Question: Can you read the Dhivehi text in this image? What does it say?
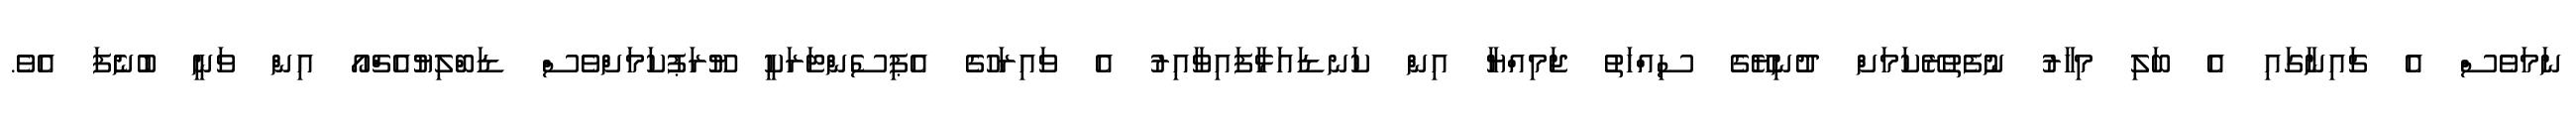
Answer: ނަމަވެސް އެ ޗައިނާގައި އެ ބަލި މިހާރު ނުފެތުރޭކަމަށް ދުނިޔޭގެ ސިއްހަތު ޖަމިއްޔާ އިން ކަނޑައަޅާފައިވާއިރު އެ ވައިރަހުގެ އެޕިސެންޓަރަކީ ޔޫރަޕުކަމަށްވެސް ޑަބްލިޔުއެޗްއޯ އިން ވަނީ ބުނެފަ އެވެ.